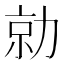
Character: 勍